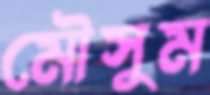
মৌসুম